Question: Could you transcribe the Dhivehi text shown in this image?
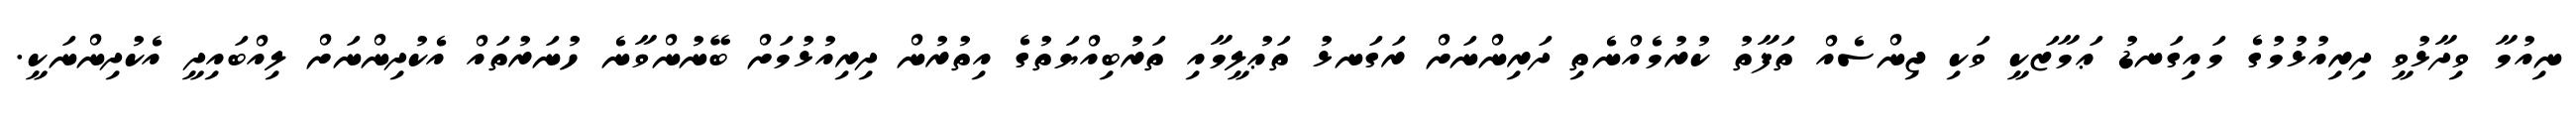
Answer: ނިއުމާ ވިދާޅުވީ ދިރިއުޅުމުގެ މައިގަނޑު ޢަމާޒަކީ ވަކި ޖިންސެއް ތަފާތު ކުރުމެއްނެތި ދަރިންނަށް ރަގަނޅު ތަޢުލީމާއި ތަރުބިއްޔަތުގެ އިތުރުން ދިރިއުޅުމަށް ބޭނުންވާނެ ހުނަރުތައް އެކުދިންނަށް ލިއްބައިދީ އެކުދިންނަކީ.